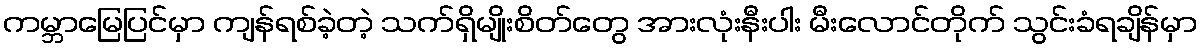
ကမ္ဘာမြေပြင်မှာ ကျန်ရစ်ခဲ့တဲ့ သက်ရှိမျိုးစိတ်တွေ အားလုံးနီးပါး မီးလောင်တိုက် သွင်းခံရချိန်မှာ